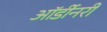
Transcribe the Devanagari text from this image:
ऑर्डीनरी